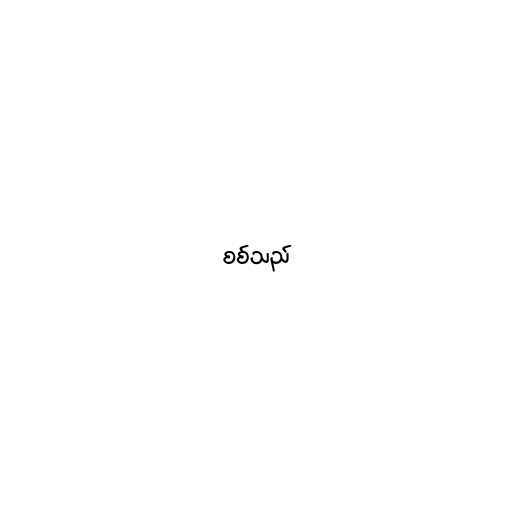
စစ်သည်